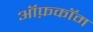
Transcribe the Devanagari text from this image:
ऑफ़कॉम